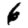
Digit: 6